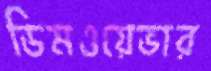
ডিমওয়েভার